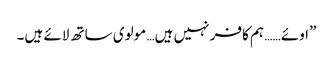
”اوئے …… ہم کافر نہیں ہیں… مولوی ساتھ لائے ہیں۔